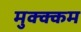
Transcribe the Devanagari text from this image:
मुक्क्कम